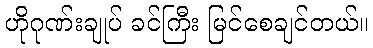
ဟိုဂုဏ်းချုပ် ခင်ကြီး မြင်စေချင်တယ်။